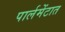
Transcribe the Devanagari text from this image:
पार्लमेंटात